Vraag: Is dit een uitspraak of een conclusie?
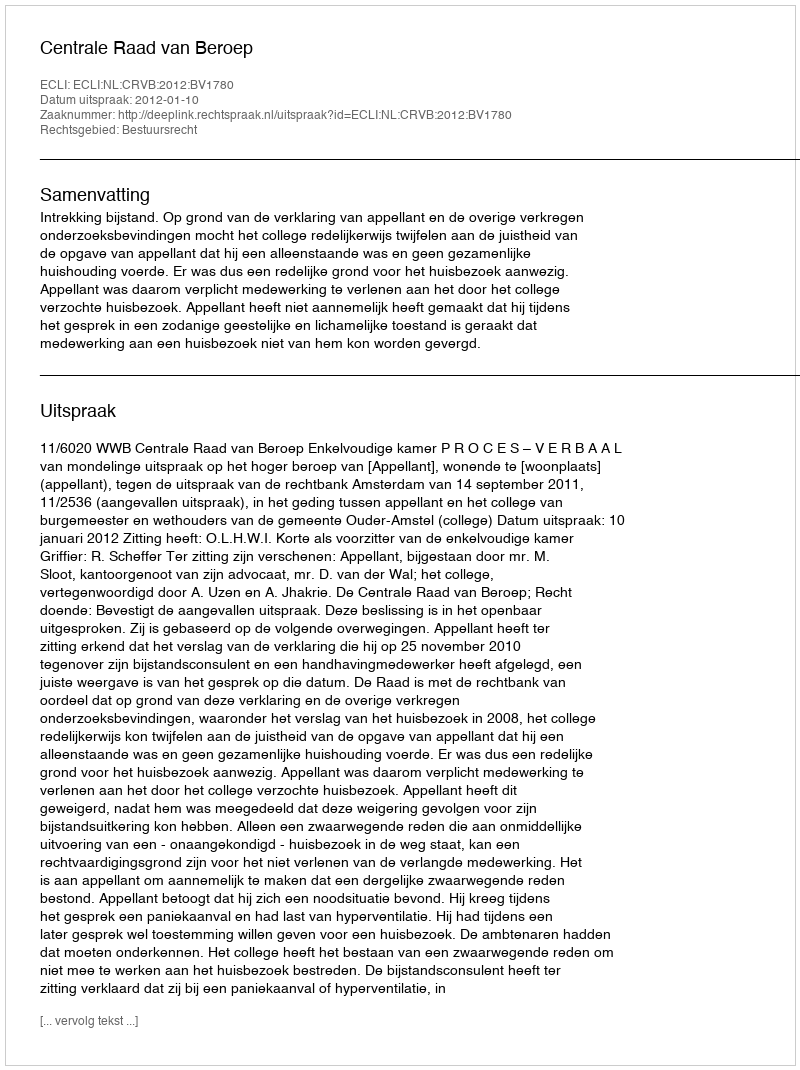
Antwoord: Uitspraak